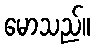
မောသည်။